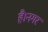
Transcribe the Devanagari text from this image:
है।नगर